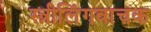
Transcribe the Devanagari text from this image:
स्त्रीलिंगवाचक